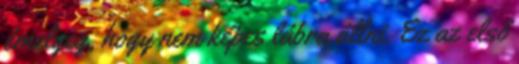
émelyeg, hogy nem képes lábra állni. Ez az első